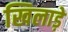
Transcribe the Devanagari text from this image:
खिलाड़े